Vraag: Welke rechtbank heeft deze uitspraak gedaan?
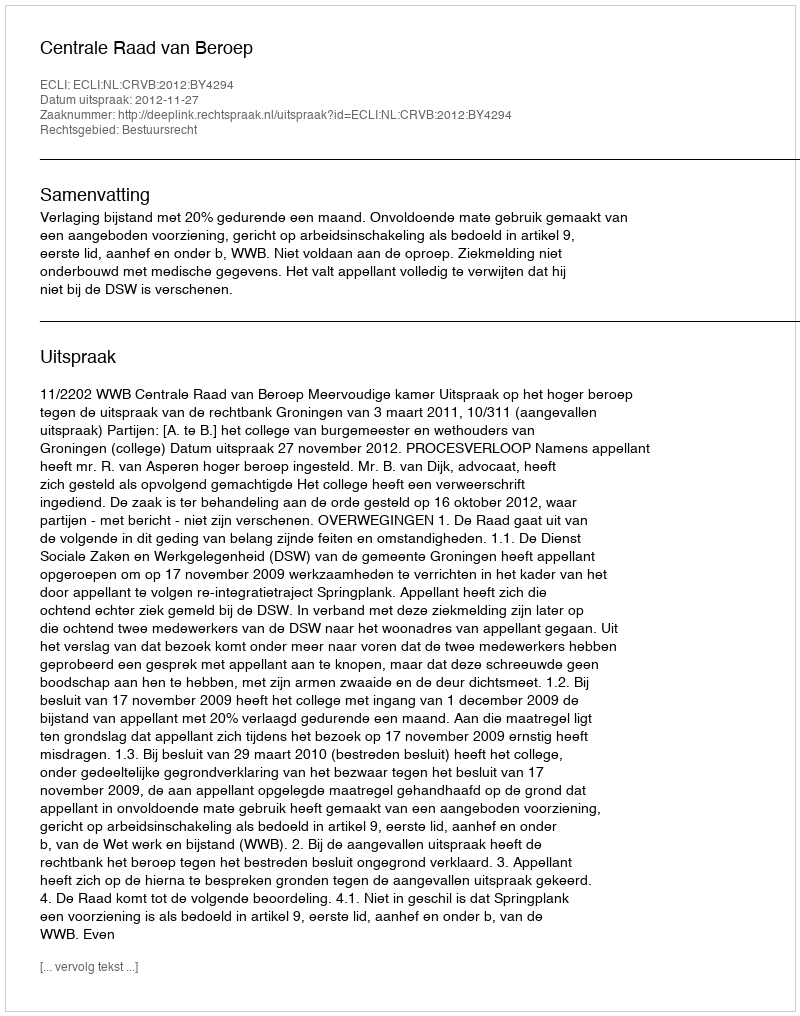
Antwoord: Centrale Raad van Beroep